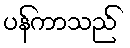
ပန်ကာသည်